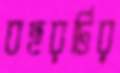
বছরটির